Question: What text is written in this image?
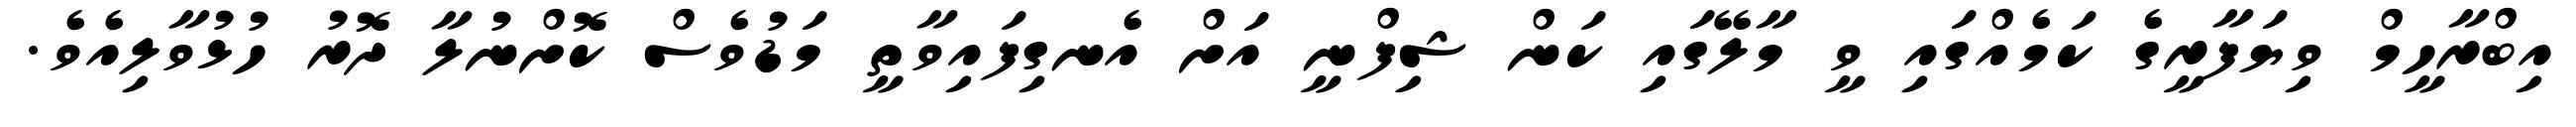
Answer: އިބްރާހީމް ވިޔަފާރީގެ ކަމެއްގައި ވީ މާލޭގައި ކަން ޝިފްނީ އަށް އެނގިފައިވާތީ މަޑުވެސް ކޮށްނުލާ ދޮރު ހުޅުވާލިއެވެ.